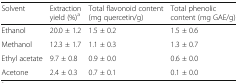
<table><thead><tr><td><b>Solvent</b></td><td><b>Extraction yield (%)<sup>a</sup></b></td><td><b>Total flavonoid content (mg quercetin/g)</b></td><td><b>Total phenolic content (mg GAE/g)</b></td></tr></thead><tbody><tr><td>Ethanol</td><td>20.0 ± 1.2</td><td>1.5 ± 0.2</td><td>1.5 ± 0.6</td></tr><tr><td>Methanol</td><td>12.3 ± 1.7</td><td>1.1 ± 0.3</td><td>1.3 ± 0.7</td></tr><tr><td>Ethyl acetate</td><td>9.7 ± 0.8</td><td>0.9 ± 0.0</td><td>0.6 ± 0.0</td></tr><tr><td>Acetone</td><td>2.4 ± 0.3</td><td>0.7 ± 0.1</td><td>0.1 ± 0.0</td></tr></tbody></table>